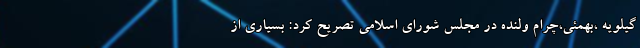
گیلویه ،بهمئی،چرام ولنده در مجلس شورای اسلامی تصریح کرد: بسیاری از